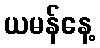
ယမန်နေ့